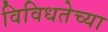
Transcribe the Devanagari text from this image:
विविधतेच्या